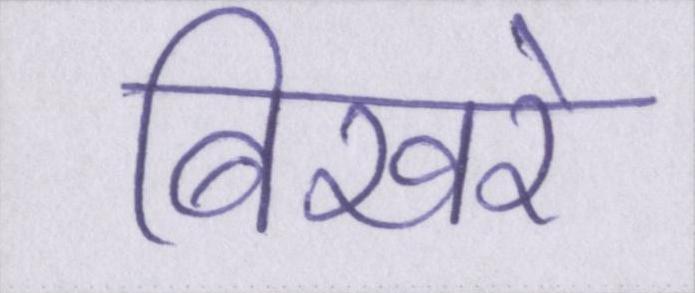
बिखरे